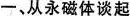
-、从永磁体谈起